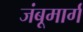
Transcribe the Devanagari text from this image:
जंबूमार्ग